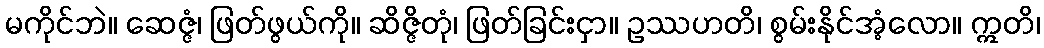
မကိုင်ဘဲ။ ဆေဇ္ဇံ၊ ဖြတ်ဖွယ်ကို။ ဆိဇ္ဇိတုံ၊ ဖြတ်ခြင်းငှာ။ ဥဿဟတိ၊ စွမ်းနိုင်အံ့လော။ ဣတိ၊